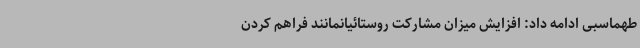
طهماسبی ادامه داد: افزایش میزان مشارکت روستائیانمانند فراهم کردن